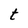
Character: t